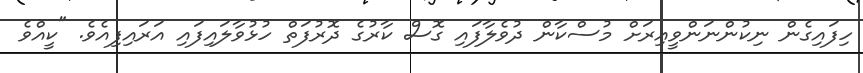
ހިފައިގެން ނިކުންނަންވީއިރަށް މުސްކާން ދުވެލާފައި ގޮސް ކާރުގެ ދޮރުފަތް ހުޅުވާލައިފައި އަރައިފިއެވެ. "ކީއްވެ